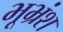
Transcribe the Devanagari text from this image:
भूभ्रंश